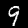
Label: 9